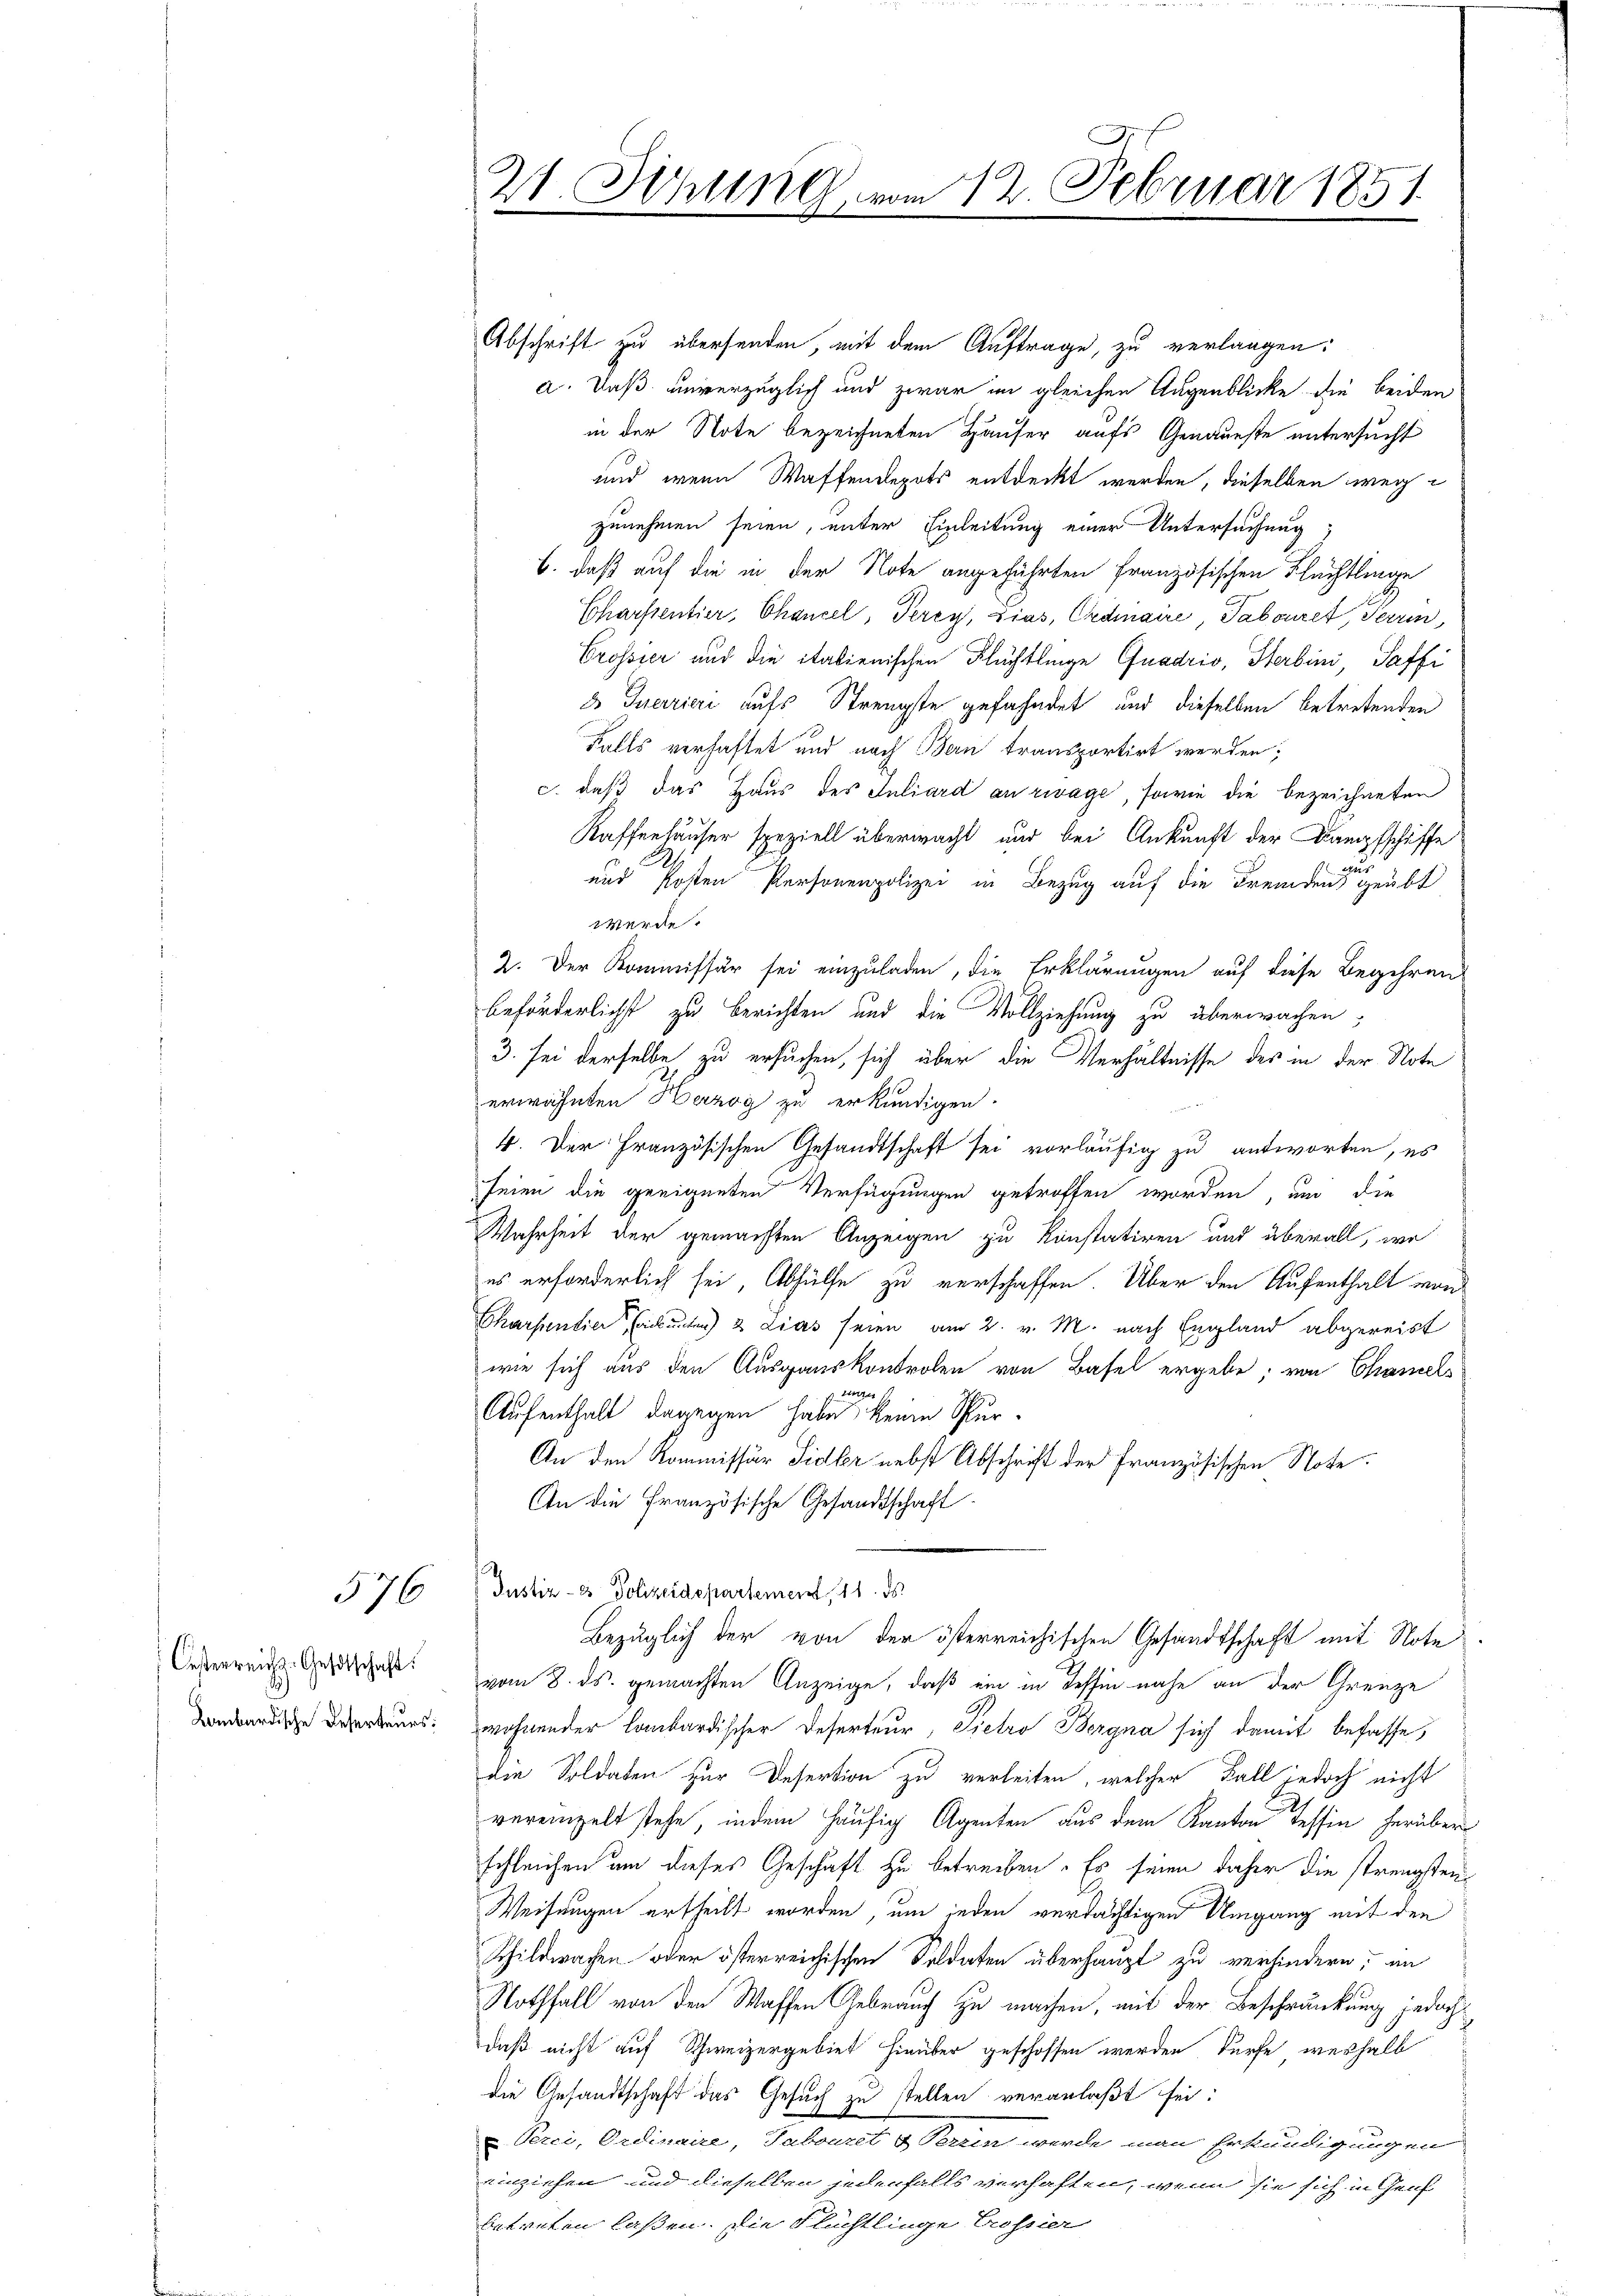
576

Oesterreichs-Gesetschaft.
Lombardische Deserteurs:

Abschrift zu übersenden, mit dem Auftrage, zu verlangen:
a. Daß unverzüglich und zwar in gleichen Augenblicke die beiden
in der Note bezeichneten Häuser aufs Genaueste untersucht
und wenn Waffendepots entdeckt werden, dieselben wege
zunehmen seien, unter Einleitung einer Untersuchung;
b. daß auf die in der Note angeführten Französischen Flächtlinge
Charfsentier, Chancel, Percy, Dias, Erdmaire, Tabouret, Terrin
Crossier und die italienischen Flüchtlinge Gnadrio, Sterbini Paffi
3 Iuerriere aufs Strengste gefahndet und dieselben betretenden
Falls verhaftet und nach Bern transportirt werden;
c. daß das Haus des Juliard an rwvage, sowie die bezeichneten
Kaffenhäuser speziell überwacht und bei Ankunft der Dampfschiffe
.
und Kosten Personenpolizei in Bezug auf die Fremden geübt
werde.
2. Der Kommissär sei einzuladen, die Erklärungen auf diese Begehren
beförderlichst zu berichten und die Vollziehung zu überwachen,
3. sei derselbe zu ersuchen, sich über die Verhältnisse des in der Note
erwähnten Herzog zu erkundigen.
4. Der Französischen Gesandtschaft sei vorläufig zu antworten, es
seien die geeigneten Verfügungen getroffen worden, um die
Wahrheit der gemachten Anzeigen zu konstatiren und überall, wo
es erforderlich sei, Abhülfe zu verschaffen. Über den Aufenthalt word
Ckarpentier, unter 2 Lias seien am 2. v. M. nach England abgereist
wie sich aus den Ausgauskontrolen von Basel ergebe; von Chamels
rger
Aufenthalt dagegen habe, keine Schur¬
An den Kommissär Sidler nebst Abschrift der Französischen Note
An die Französische Gesandtschaft
Justiz- & Polizeidepartement, 11. ds.
Bezüglich der von der österreichischen Gesandtschaft mit Note
vom 8. ds. gemachten Anzeige, daß ein in Tessin nahe an der Grenze
wohnender Lombardischer Deserteur, Pietro Bergna sich damit befasse,
die Soldaten zur Desertion zu verleiten, welcher Fall jedoch nicht
vereinzelt stehe, indem häufig Agenten aus dem Kanton Tessin herüber
schleichen um dieses Geschäft zu betreiben. Es seien daher die strengsten
Weisungen ertheilt worden, um jeden verdächtigen Umgang mit den
Schildwachen oder österreichischen Soldaten überhaupt zu verhindern; an
Nothfall von den Waffen Gebrauch zu machen, mit der Beschränkung jedoch
daß nicht auf Schweizergebiet hinüber geschossen werden dürfe, weshalb
die Gesandtschaft das Gesuch zu stellen veranlaßt sei:
Perci, Ordinaire, Tabouret & Terrin werde man Erkundigungen
eiziehen und dieselben jedenfalls verhaften, wenn sie sich in Genf
betreten laßen. Die Flüchtlinge Crossier

21 Schling vom 12. Februar 1851
u